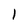
Character: 1